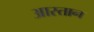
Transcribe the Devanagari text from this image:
आस्तान